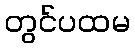
တွင်ပထမ